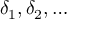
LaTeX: \delta _ { 1 } , \delta _ { 2 } , \dots